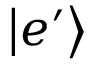
\left| e ^ { \prime } \right\rangle